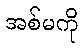
အစ်မကို